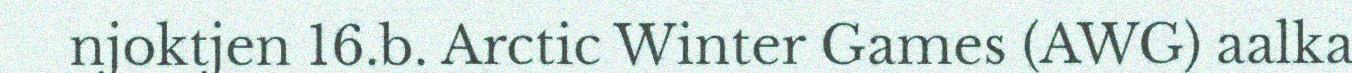
njoktjen 16.b. Arctic Winter Games (AWG) aalka